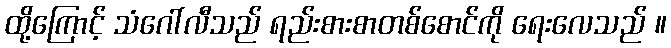
ထို့ကြောင့် သံဂေါ်လီသည် ရည်းစားစာတစ်စောင်ကို ရေးလေသည် ။